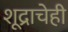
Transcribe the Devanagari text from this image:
शूद्राचेही